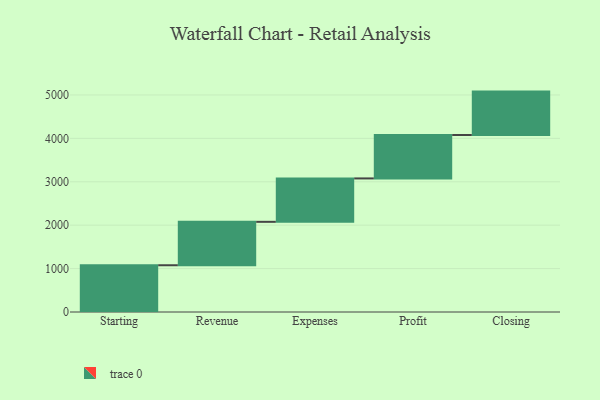
{"axis": {"x": "Step", "y": "Value"}, "legend": [""], "data": [{"x": "Starting", "y": 1077.0, "type": ""}, {"x": "Revenue", "y": 1000, "type": ""}, {"x": "Expenses", "y": 1000, "type": ""}, {"x": "Profit", "y": 1000, "type": ""}, {"x": "Closing", "y": 1000, "type": ""}]}